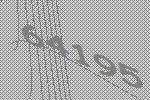
64195